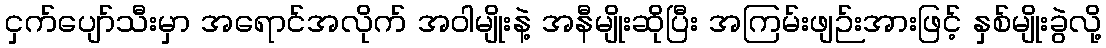
ငှက်ပျော်သီးမှာ အရောင်အလိုက် အဝါမျိုးနဲ့ အနီမျိုးဆိုပြီး အကြမ်းဖျဉ်းအားဖြင့် နှစ်မျိုးခွဲလို့